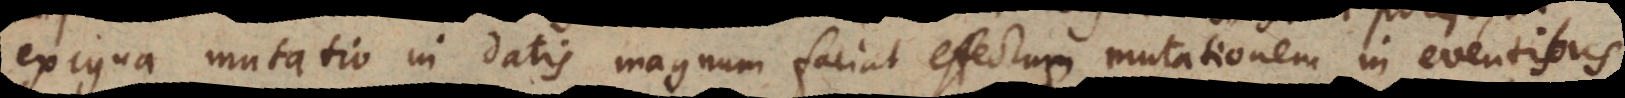
exigua mutatio in datis [magnam] faciat effectus mutationem in eventibus,